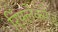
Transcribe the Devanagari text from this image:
रिफ्ल़ेक्सेज़